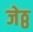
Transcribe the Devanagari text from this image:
जेठ्ठ